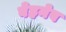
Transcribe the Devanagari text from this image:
बेहनेव